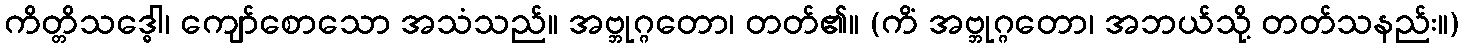
ကိတ္တိသဒ္ဓေါ၊ ကျော်စောသော အသံသည်။ အဗ္ဘုဂ္ဂတော၊ တတ်၏။ (ကိံ အဗ္ဘုဂ္ဂတော၊ အဘယ်သို့ တတ်သနည်း။)